NAE_EAA_P-1050_Enda_Kallas, lk 3
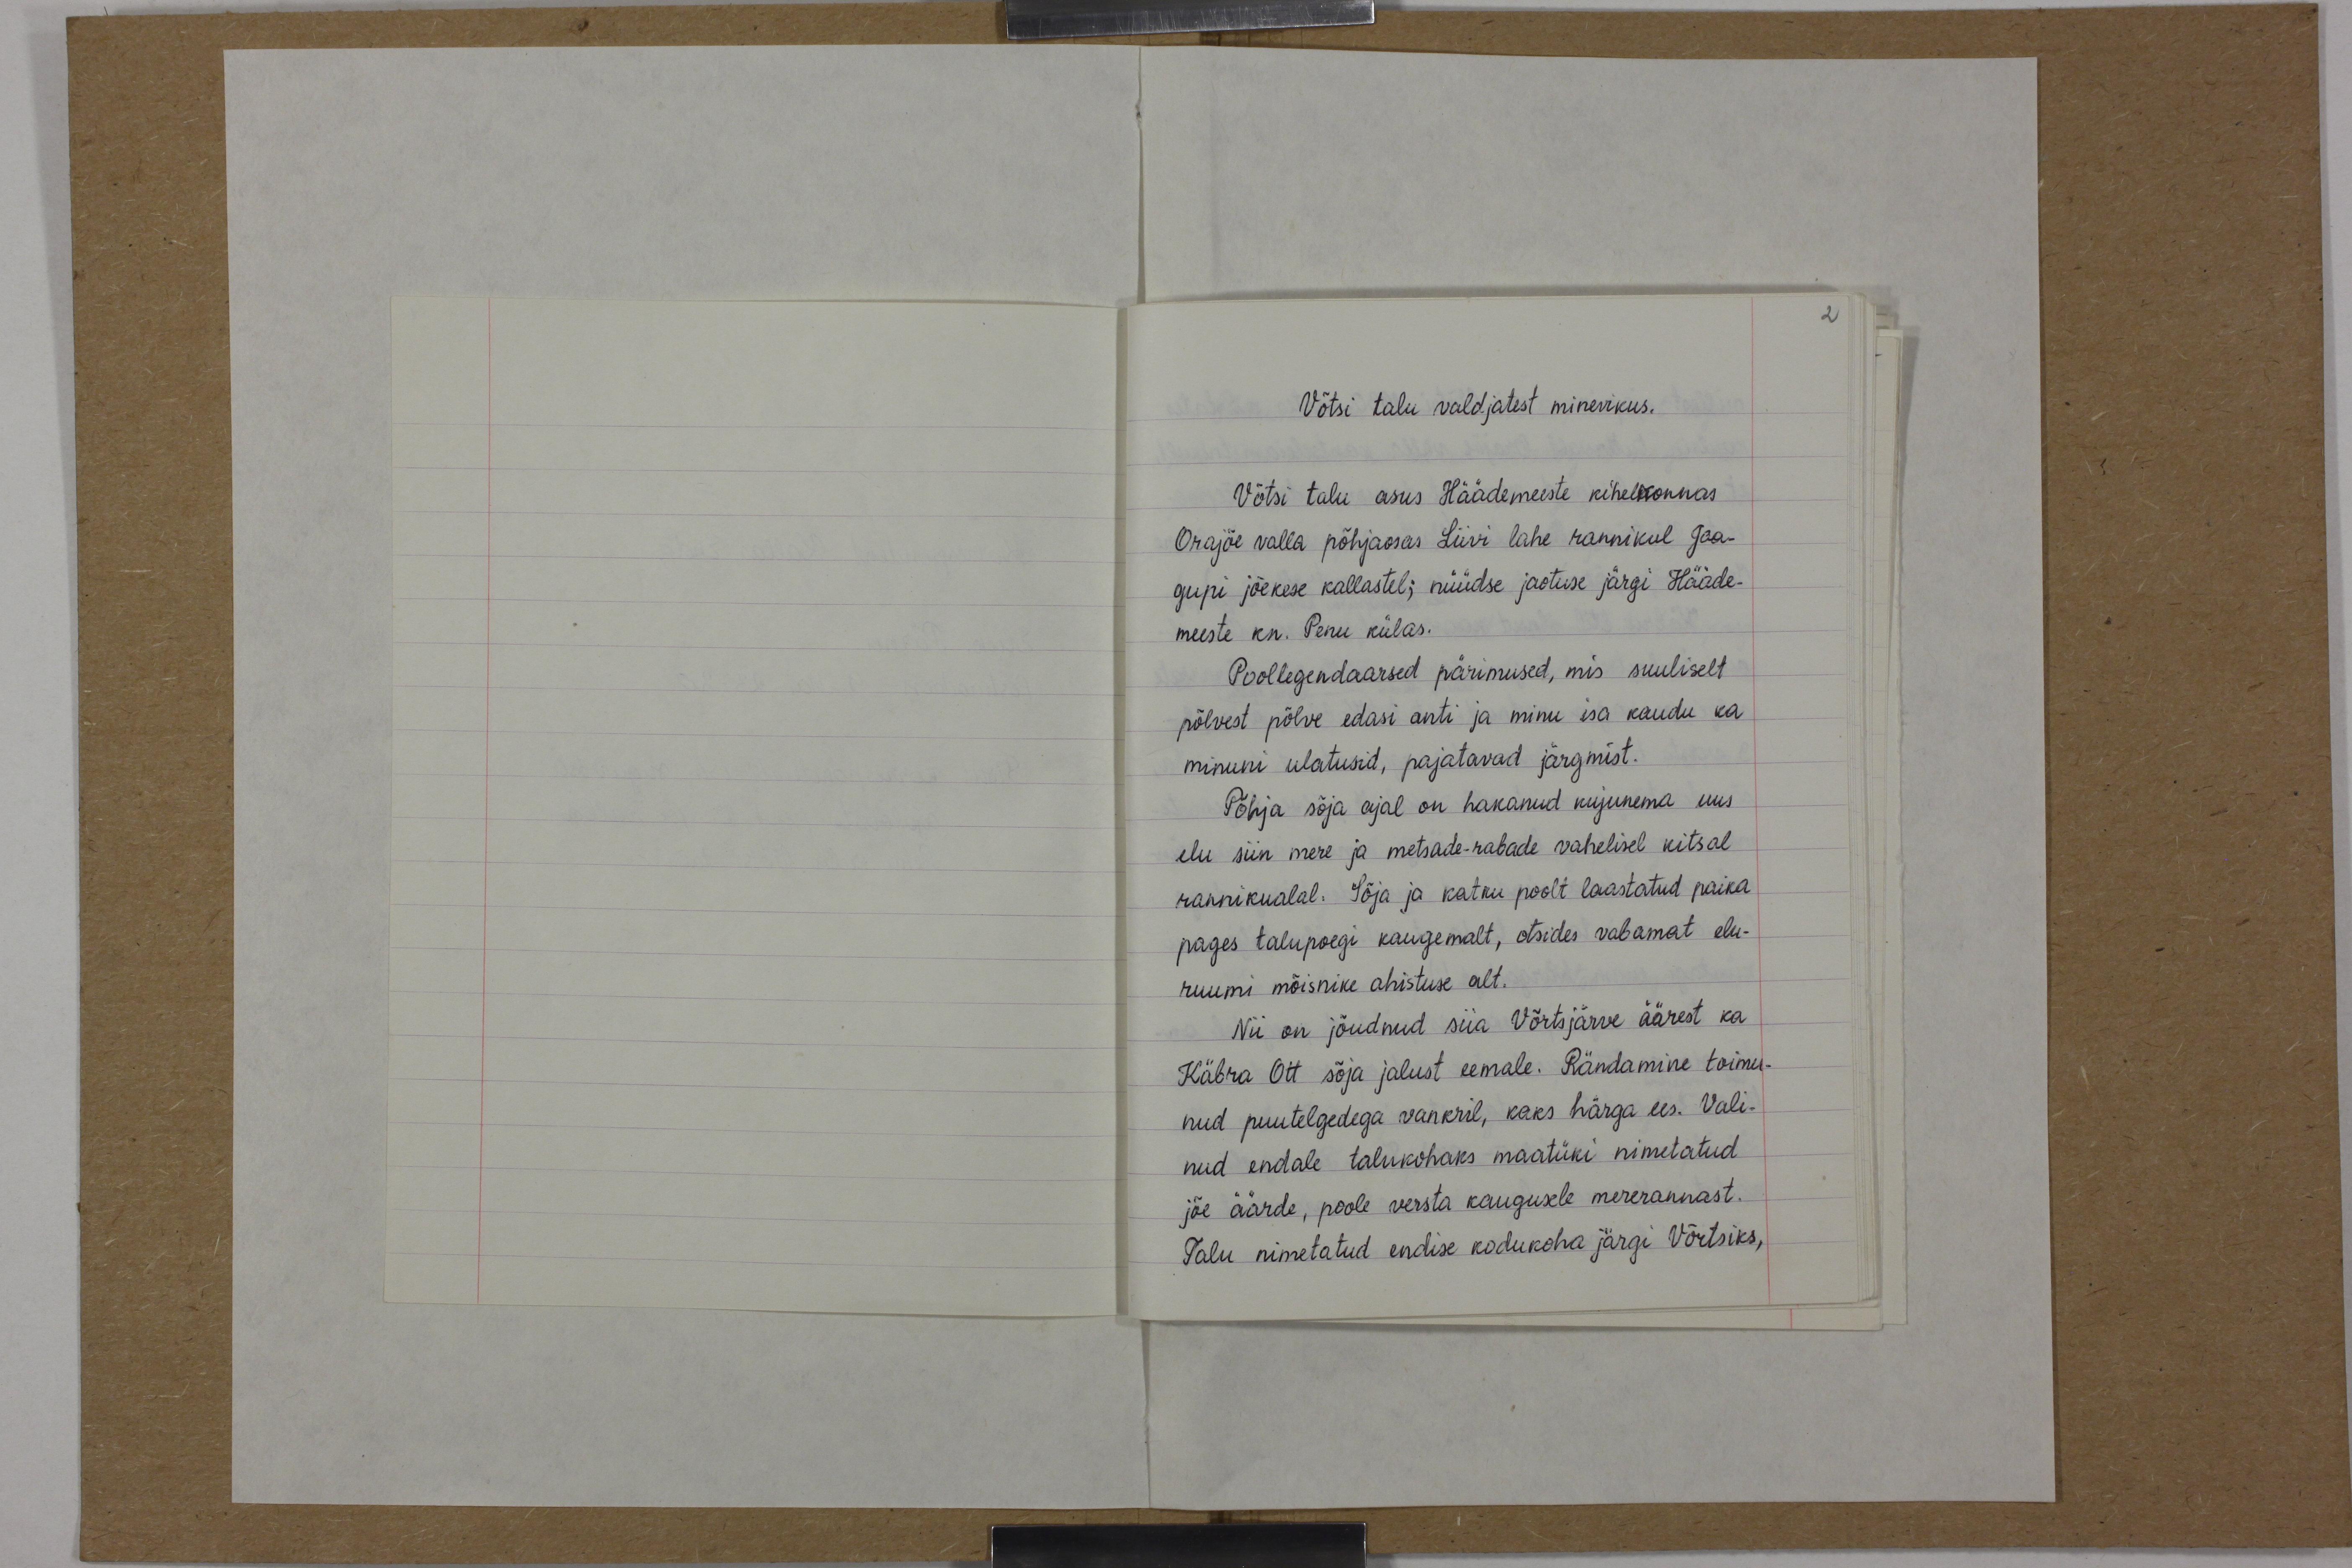
Võtsi talu valdjatest minevikus.
Võtsi talu asus Häädemeeste kihelkonnas
Orajõe valla põhjaosas Liivi lahe rannikul Jaa-
gupi jõekese kallastel; nüüdse jaotuse järgi Hääde-
meeste kn. Penu külas.
Poollegendaarsed pärimused, mis suuliselt
põlvest põlve edasi anti ja minu isa kaudu ka
minuni ulatusid, pajatavad järgmist.
Põhja sõja ajal on hakanud kujunema uus
elu siin mere ja metsade-rabade vahelisel kitsal
rannikualal. Sõja ja katku poolt laastatud paika
pages talupoegi kaugemalt, otsides vabamat elu-
ruumi mõisnike ahistuse alt.
Nii on jõudnud siia Võrtsjärve äärest ka
Käbra Ott sõja jalust eemale. Rändamine toimu-
nud puutelgedega vankril, kaks härga ees. Vali-
nud endale talukohaks maatüki nimetatud
jõe äärde, poole versta kaugusele mererannast.
Talu nimetatud endise kodukoha järgi Võrtsiks,